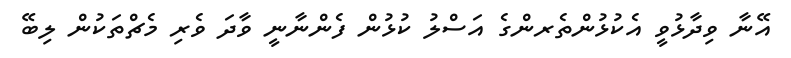
އޭނާ ވިދާޅުވީ އެކުޅުންތެރންގެ އަސްލު ކުޅުން ފެންނާނީ ވާދަ ވެރި މެޗްތަކުން ލިބޭ